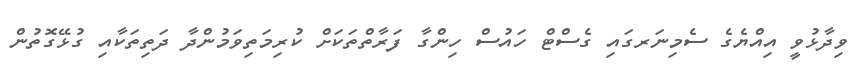
ވިދާޅުވީ އިއްޔެގެ ސެމިނަރގައި ގެސްޓް ހައުސް ހިންގާ ފަރާތްތަކަށް ކުރިމަތިވަމުންދާ ދަތިތަކާއި ގުޅޭގޮތުން